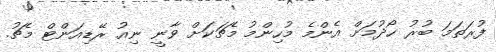
ފުރަތަމަ ބުރު ހޯދުމަށް އެންމެ މުހިންމު މެޗަކަށް ވާނީ ނިއު ރޭޑިއަންޓް މެޗު.